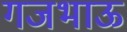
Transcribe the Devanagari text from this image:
गजभाऊ